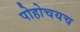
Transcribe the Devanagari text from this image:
पोहोचयच